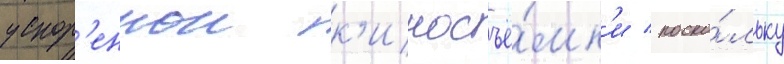
ускор'еннои к'иносъё́мк'и / поско́льку